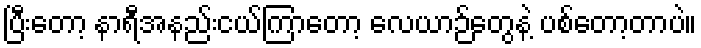
ပြီးတော့ နာရီအနည်းငယ်ကြာတော့ လေယာဉ်တွေနဲ့ ပစ်တော့တာပဲ။